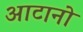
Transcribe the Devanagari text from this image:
आटानो